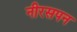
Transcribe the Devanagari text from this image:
नीरसपन